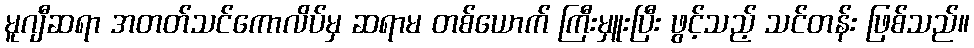
မူဂျီဆရာ အတတ်သင်ကောလိပ်မှ ဆရာမ တစ်ယောက် ကြီးမှူးပြီး ဖွင့်သည့် သင်တန်း ဖြစ်သည်။